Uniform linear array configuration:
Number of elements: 8
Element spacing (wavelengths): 1
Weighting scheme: kaiser
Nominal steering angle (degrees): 45
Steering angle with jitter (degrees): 43.379
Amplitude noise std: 0.05
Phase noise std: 0.05

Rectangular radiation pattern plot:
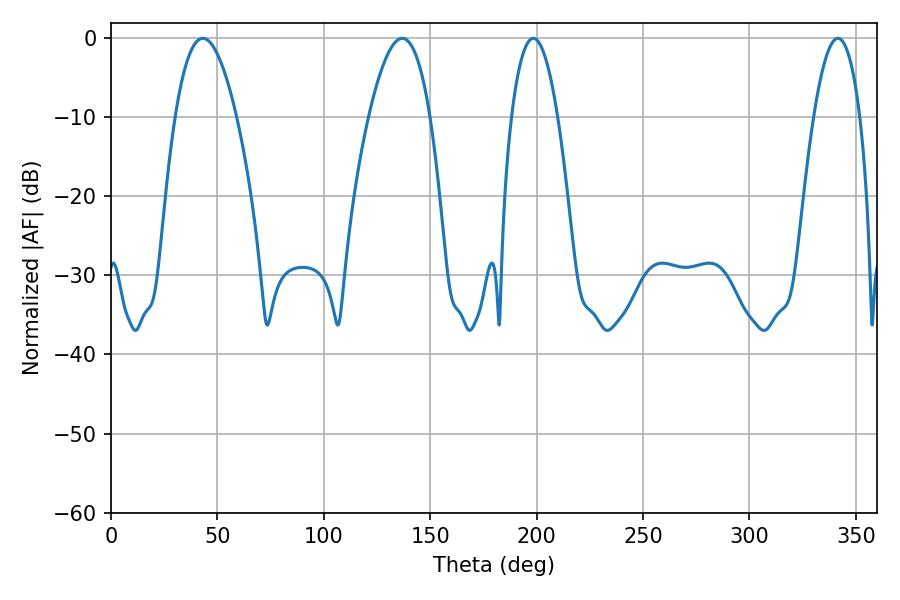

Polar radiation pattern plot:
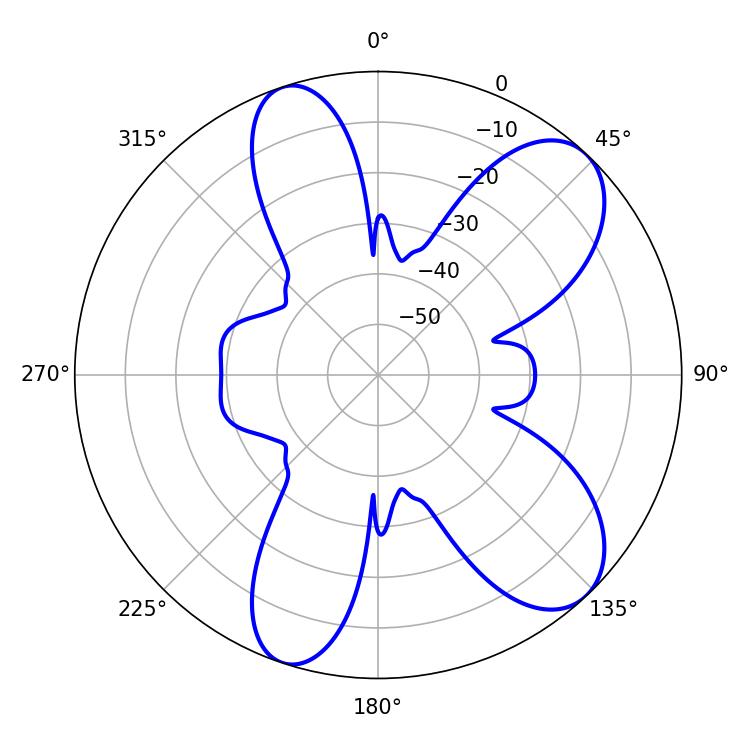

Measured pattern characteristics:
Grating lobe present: TRUE
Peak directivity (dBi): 8.794
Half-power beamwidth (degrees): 15.84
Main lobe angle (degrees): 136.8